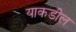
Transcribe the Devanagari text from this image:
याकडील